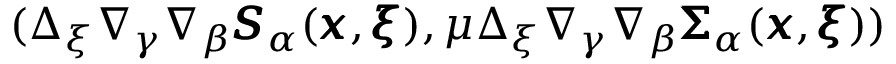
( \Delta _ { \xi } \nabla _ { \gamma } \nabla _ { \beta } { \pmb S } _ { \alpha } ( { \pmb x } , { \pmb \xi } ) , \mu \Delta _ { \xi } \nabla _ { \gamma } \nabla _ { \beta } { \pmb \Sigma } _ { \alpha } ( { \pmb x } , { \pmb \xi } ) )